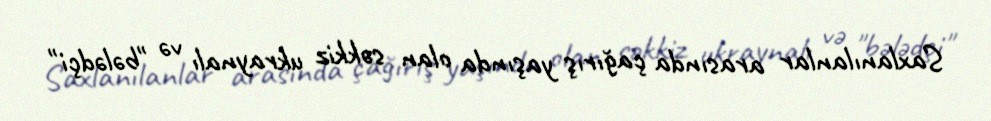
Saxlanılanlar arasında çağırış yaşında olan səkkiz ukraynalı və "bələdçi"